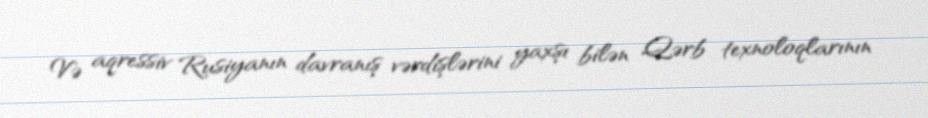
Və aqressiv Rusiyanın davranış vərdişlərini yaxşı bilən Qərb texnoloqlarının